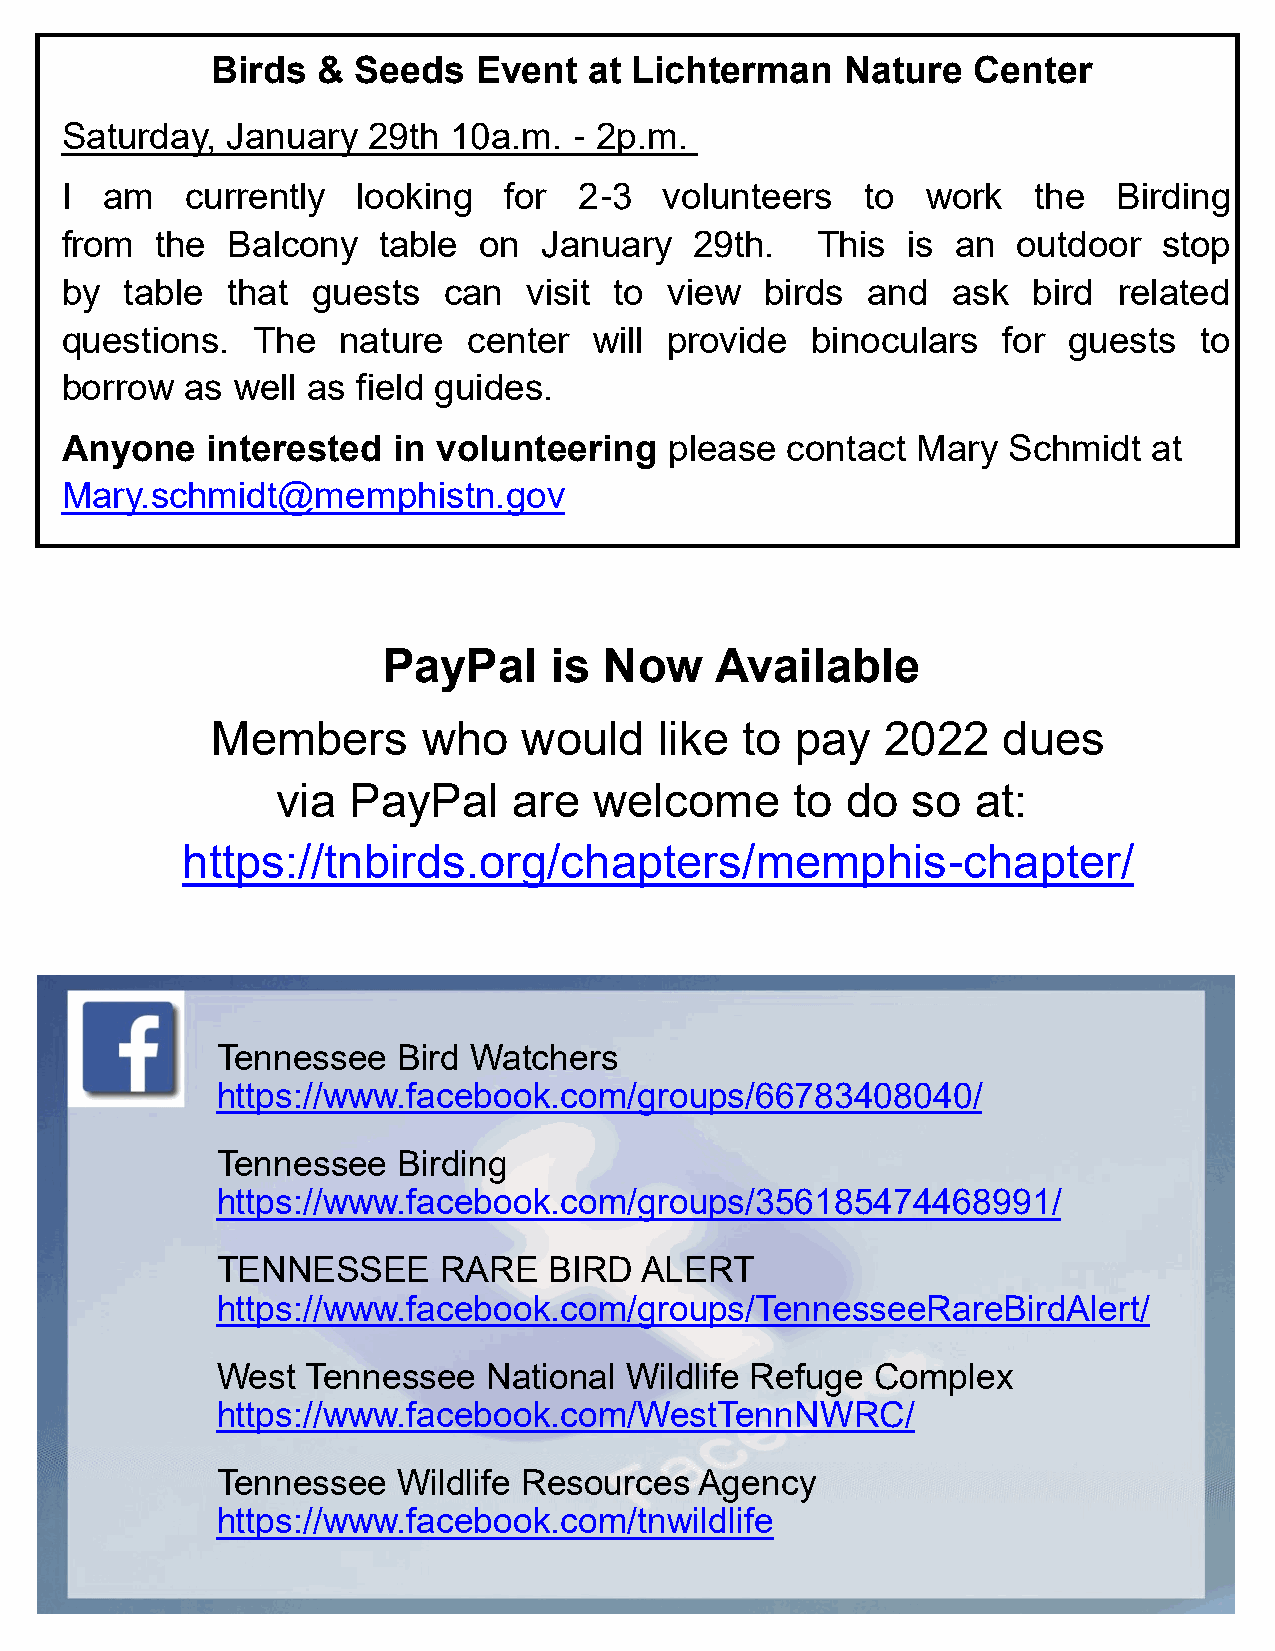
Birds  & Seeds   Event   at Lichterman    Nature  Center
 Saturday,  January  29th  10a.m.  - 2p.m.
 I  am   currently   looking  for  2-3   volunteers   to  work    the  Birding
 from  the  Balcony   table  on  January   29th.   This  is an  outdoor   stop
 by  table  that  guests  can   visit to view   birds and   ask  bird  related
 questions.   The  nature   center  will provide   binoculars  for  guests  to
 borrow  as well as  field guides.
 Anyone    interested  in volunteering   please  contact  Mary  Schmidt  at
 Mary.schmidt@memphistn.gov
 PayPal     is  Now    Available
 Members       who    would    like to  pay   2022   dues
 via  PayPal     are  welcome       to do  so   at:
 https://tnbirds.org/chapters/memphis-chapter/
 Tennessee   Bird Watchers
 https://www.facebook.com/groups/66783408040/
 Tennessee   Birding
 https://www.facebook.com/groups/356185474468991/
 TENNESSEE      RARE   BIRD  ALERT
 https://www.facebook.com/groups/TennesseeRareBirdAlert/
 West  Tennessee   National Wildlife Refuge  Complex
 https://www.facebook.com/WestTennNWRC/
 Tennessee   Wildlife Resources  Agency
 https://www.facebook.com/tnwildlife